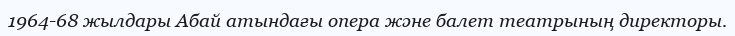
1964-68 жылдары Абай атындағы опера және балет театрының директоры.